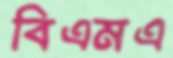
বিএমএ